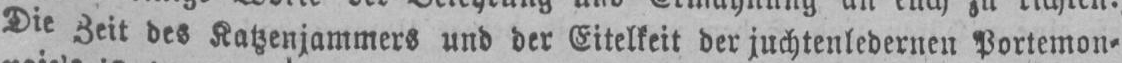
Die Zeit des Katzenjammers und der Eitelkeit der juchtenledernen Portemon⸗